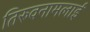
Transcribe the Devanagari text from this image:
तिरुवनामलाई